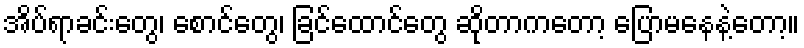
အိပ်ရာခင်းတွေ၊ စောင်တွေ၊ ခြင်ထောင်တွေ ဆိုတာကတော့ ပြောမနေနဲ့တော့။